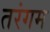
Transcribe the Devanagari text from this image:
तरंगम